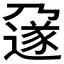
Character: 𬩄